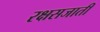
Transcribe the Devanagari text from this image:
रक्षसजाती